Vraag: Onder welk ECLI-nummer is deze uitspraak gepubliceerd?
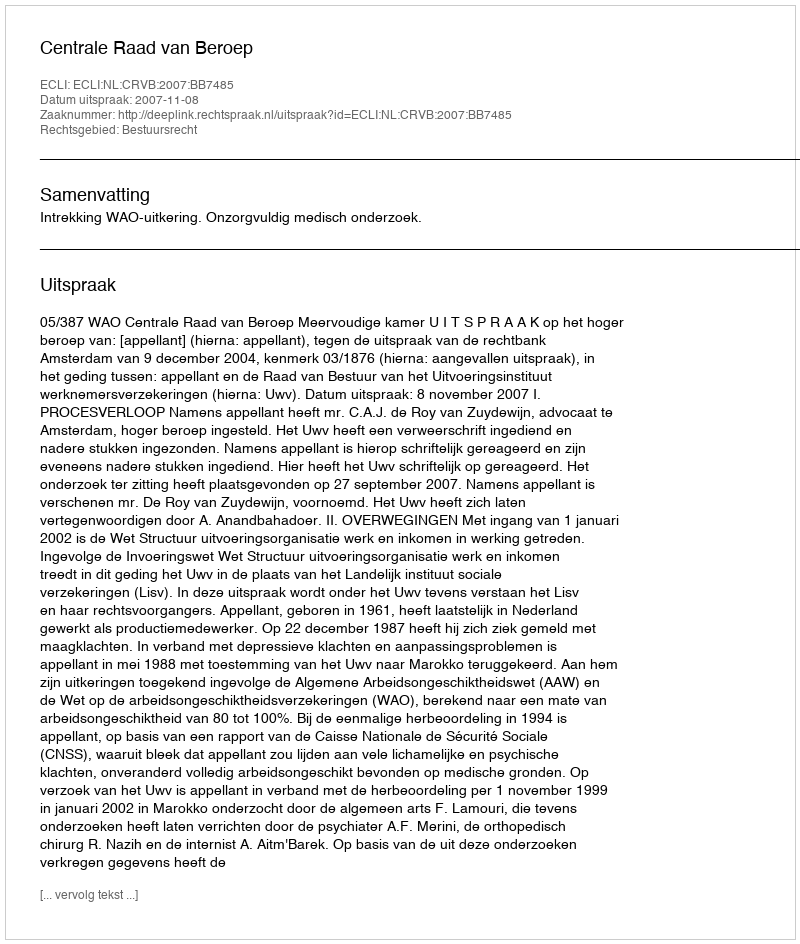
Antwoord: ECLI:NL:CRVB:2007:BB7485